Civil Veterinary Department. Central Provinces & Berar 1932-41 - 1932-1941
Year: 1932
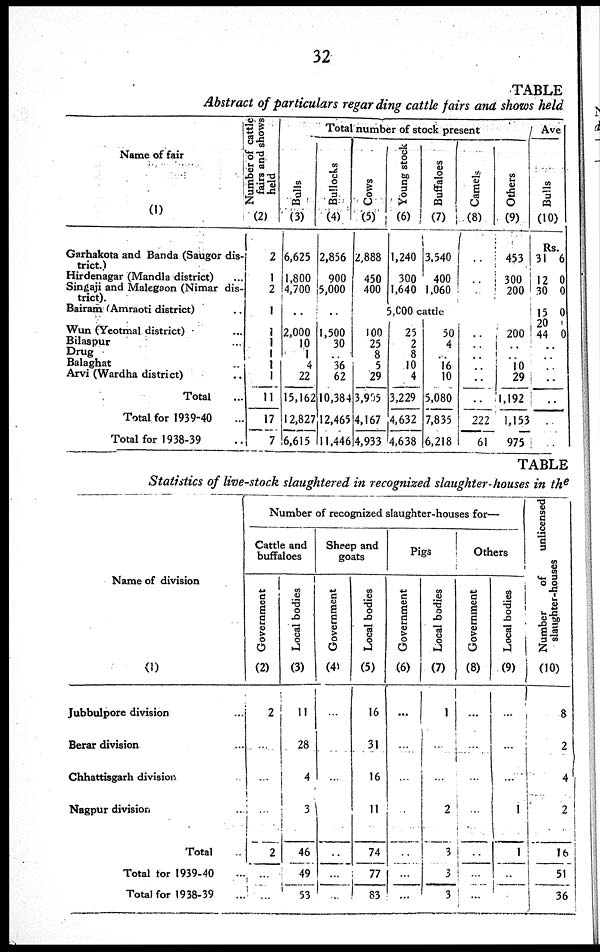
32
TABLE
Abstract of particulars regarding cattle fairs and shows held
Name of fair
(1)
Garhakota and Banda (Saugor dis-
trict.)
Hirdenagar (Mandla district) ...
Singaji and Malegaon (Nimar dis-
trict
Bairam (Amraoti district) ...
Wun (Yeotmal district) ...
Bilaspur ...
Drug
Balaghat ...
Arvi (Wardha district) ...
Total ...
Total for 1939-40 ...
Total for 1938-39 ...
Number of cattle
fairs and shows
held
(2)
2
1
2
1
1
1
1
1
1
11
17
7
Total number of stock present
Bulls
(3)
6,625
1,800
4,700
..
2,000
10
1
4
22
15,162
12,827
6,615
Bullocks
(4)
2,856
900
5,000
..
1,500
30
..
36
62
10,384
12,465
11,446
Cows
(5)
2,888
450
400
Young stock
(6)
1,240
300
1,640
Buffaloes
(7)
3,540
400
1,060
Camels
(8)
..
..
..
Others
(9)
453
300
200
5,000cattle
100
25
8
5
29
3,905
4,167
4,933
25
2
8
10
4
3,229
4,632
4,638
50
4
..
16
10
5,080
7,835
6,218
..
..
..
..
..
..
222
61
200
..
..
10
29
1,192
1,153
975
Ave
Bulls
(10)
Rs.
31
12
30
15
20
44
6
0
0
0
0
..
..
..
..
..
..
..
TABLE
Statistics of live-stock slaughtered in recognized slaughter-houses in the
Name of division
(1)
Jubbulpore division ...
Berar division ...
Chhattisgarh division
Nagpur division ...
Total
Total for 1939-40 ...
Total for 1938-39 ...
Number of recognized slaughter-houses for—
Cattle and
buffaloes
Government
(2)
2
...
...
...
2
...
...
Local bodies
(3)
11
28
4
3
46
49
53
Sheep and
goats
Government
(4)
...
...
...
...
...
...
..
Local bodies
(5)
16
31
16
11
74
77
83
Pigs
Government
(6)
...
...
...
...
...
...
...
Local bodies
(7)
1
..
..
2
3
3
3
Others
Government
(8)
...
...
...
...
...
...
...
Local bodies
(9)
...
...
. . .
1
1
..
..
Number of
unlicensed
slaughter-houses
(10)
8
2
4
2
16
51
36